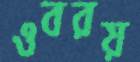
ওবরয়